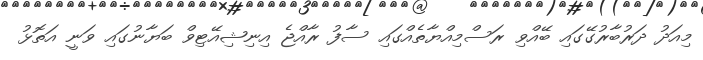
މިއަދު ދަރުބާރުގޭގައި ބޭއްވި ރަސްމިއްޔާތެއްގައި ސާފު ރާއްޖެ އިނިޝިއޭޓިވް ބަޔާނުގައި ވަނީ އަތޮޅު